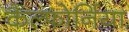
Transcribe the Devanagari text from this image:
कैल्फोर्निया